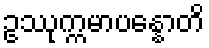
ဥဿုက္ကမာပန္နောတိ